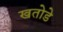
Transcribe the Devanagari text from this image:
खतोडे